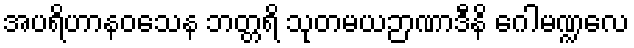
အပရိဟာနဝသေန ဘတ္တရိ သုတမယဉာဏာဒီနိ ဂေါမဏ္ဍလေ